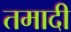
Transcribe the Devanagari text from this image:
तमादी